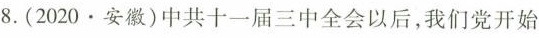
8.(2020·安徽)中共十一届三中全会以后，我们党开始